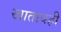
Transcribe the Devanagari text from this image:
खातावही